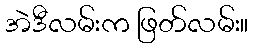
အဲဒီလမ်းက ဖြတ်လမ်း။